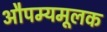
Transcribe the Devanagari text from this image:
औपम्यमूलक